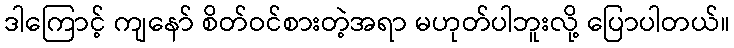
ဒါကြောင့် ကျနော် စိတ်ဝင်စားတဲ့အရာ မဟုတ်ပါဘူးလို့ ပြောပါတယ်။